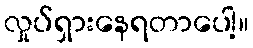
လှုပ်ရှားနေရတာပေါ့။